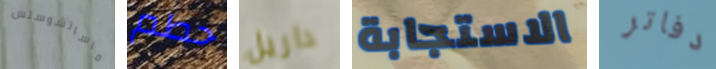
ماساتشوستس حطم داريل الاستجابة دفاتر